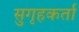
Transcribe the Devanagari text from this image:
सुगृहकर्ता